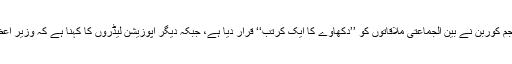
لیکن قائد حزب اختلاف، جم کوربِن نے بین الجماعتی ملاقاتوں کو ’’دکھاوے کا ایک کرتب‘‘ قرار دیا ہے، جبکہ دیگر اپوزیشن لیڈروں کا کہنا ہے کہ وزیر اعظم ، توجہ نہیں دے رہیں۔